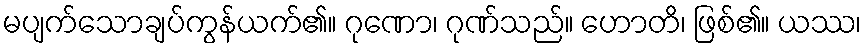
မပျက်သောချပ်ကွန်ယက်၏။ ဂုဏော၊ ဂုဏ်သည်။ ဟောတိ၊ ဖြစ်၏။ ယဿ၊